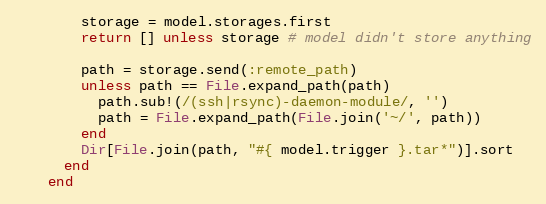
Language: Ruby
        storage = model.storages.first
        return [] unless storage # model didn't store anything

        path = storage.send(:remote_path)
        unless path == File.expand_path(path)
          path.sub!(/(ssh|rsync)-daemon-module/, '')
          path = File.expand_path(File.join('~/', path))
        end
        Dir[File.join(path, "#{ model.trigger }.tar*")].sort
      end
    end